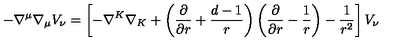
- \nabla ^ { \mu } \nabla _ { \mu } V _ { \nu } = \left[ - \nabla ^ { K } \nabla _ { K } + \left( { \frac { \partial } { \partial r } } + { \frac { d - 1 } { r } } \right) \left( { \frac { \partial } { \partial r } } - { \frac { 1 } { r } } \right) - { \frac { 1 } { r ^ { 2 } } } \right] V _ { \nu }